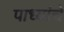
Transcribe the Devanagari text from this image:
पाध्यांचे